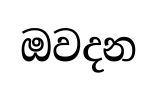
ඔවදන